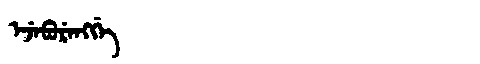
Manchu: ᡝᠵᡝᠪᡠᡵᡝᠩᡤᡝ
Romanization: EJEBURENGGE